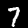
Label: 7